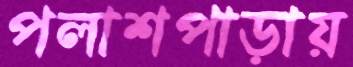
পলাশপাড়ায়